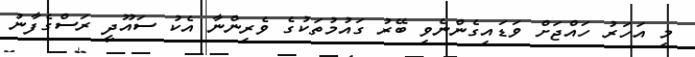
މި އަހަރު ހައްޖަށް ވަޑައިގެންނެވި ބޭރު ގައުމުތަކުގެ ވެރިންނާ އެކު ސައޫދީ ރަސްގެފާނު